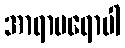
အာရာမရောပါ